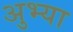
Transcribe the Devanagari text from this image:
अुभ्या